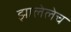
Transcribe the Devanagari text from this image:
झालेलेच